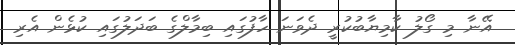
އޭނާ މި ގޯލު ކާމިޔާބުކުރީ ދެވަނަ ހާފުގައި ބިމާލްގެ ބަދަލުގައި ކުޅެން އެރި